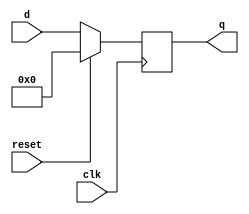
module top_module(

    input clk,
    input reset,
    input [7:0] d,
    output reg [7:0] q
);

    always @(posedge clk) begin
        if(reset) 
            q<=0;
           
        else 
            q<=d;
     
  
    end

endmodule